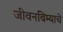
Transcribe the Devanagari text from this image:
जीवनविम्याचे